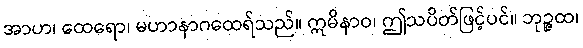
အာဟ၊ ထေရော၊ မဟာနာဂထေရ်သည်။ ဣမိနာဝ၊ ဤသပိတ်ဖြင့်ပင်။ ဘုဉ္ဇထ၊